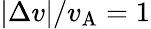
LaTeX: |\Delta v|/v_{\mathrm{A}}=1